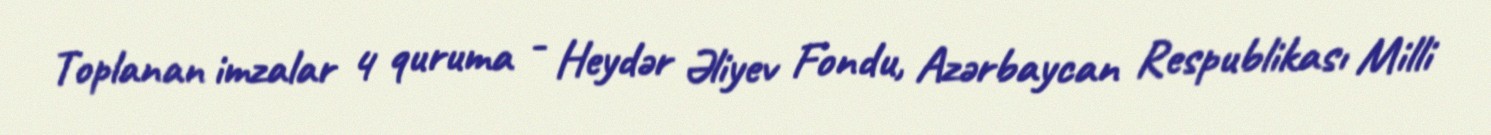
Toplanan imzalar 4 quruma - Heydər Əliyev Fondu, Azərbaycan Respublikası Milli